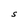
Character: S